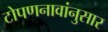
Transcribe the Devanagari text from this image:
टोपणनावांनुसार